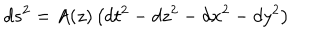
d s ^ { 2 } = A ( z ) \left( d t ^ { 2 } - d z ^ { 2 } - d x ^ { 2 } - d y ^ { 2 } \right)